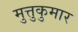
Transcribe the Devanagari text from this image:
मुत्तुकुमार